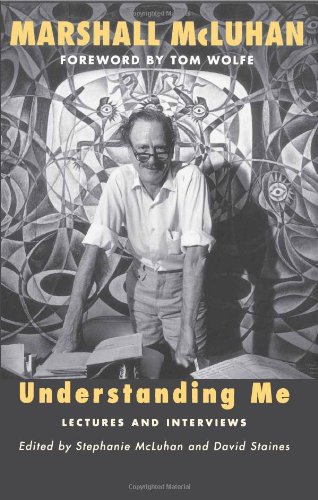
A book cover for Understanding Me: Lectures and Interviews; Marshall McLuhan; Literature & Fiction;